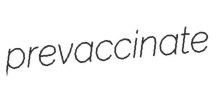
prevaccinate